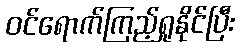
ဝင်ရောက်ကြည့်ရှုနိုင်ပြီး